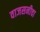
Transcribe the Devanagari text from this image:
वाजसनीचा